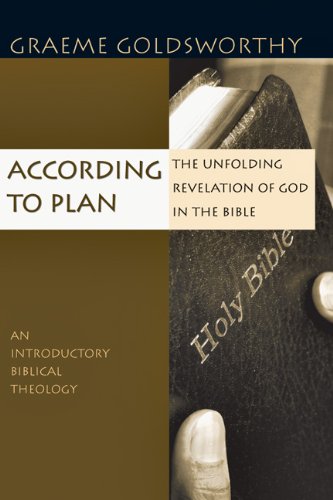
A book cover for According to Plan: The Unfolding Revelation of God in the Bible; Graeme Goldsworthy; Christian Books & Bibles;